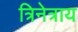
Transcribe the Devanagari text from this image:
त्रिनेत्राय